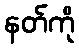
နတ်ကို